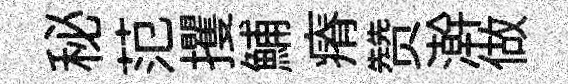
秘范攫鯆瘠赞澣做